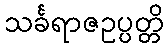
သင်္ခရာဇဥပ္ပတ္တိ